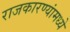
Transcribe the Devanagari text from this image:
राजकारण्यांमध्ये